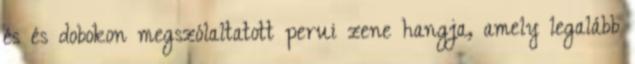
és és dobokon megszólaltatott perui zene hangja, amely legalább